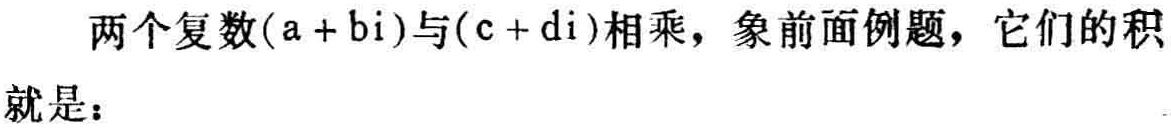
两个复数\((a + bi)\)与\((c + di)\)相乘，象前面例题，它们的积就是：